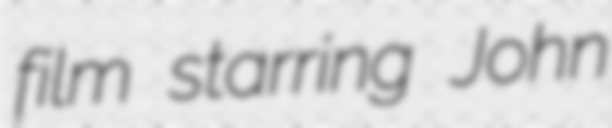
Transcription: film starring John